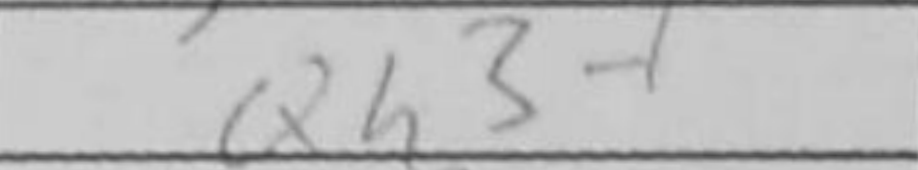
Transcription: Qh3+